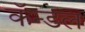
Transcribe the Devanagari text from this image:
कॅन्डल